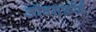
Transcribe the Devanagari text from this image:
ऑक्सफ़ॉर्ड